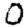
Digit: 0